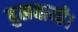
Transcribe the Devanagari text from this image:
बुलवायी।